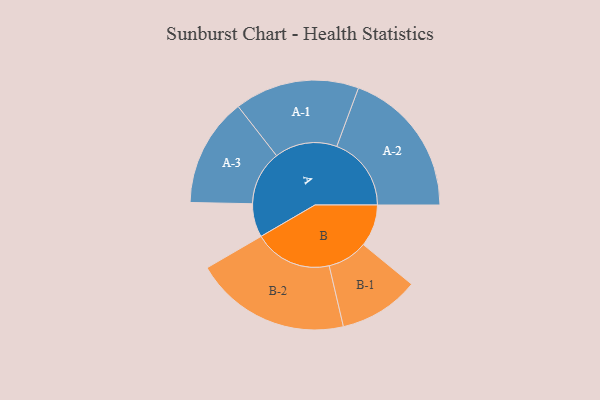
{"axis": {"x": "Segment", "y": "Value"}, "legend": ["", "A", "B"], "data": [{"x": "A", "y": 122, "type": ""}, {"x": "B", "y": 153, "type": ""}, {"x": "A-1", "y": 227, "type": "A"}, {"x": "A-2", "y": 271, "type": "A"}, {"x": "A-3", "y": 198, "type": "A"}, {"x": "B-1", "y": 146, "type": "B"}, {"x": "B-2", "y": 284, "type": "B"}]}